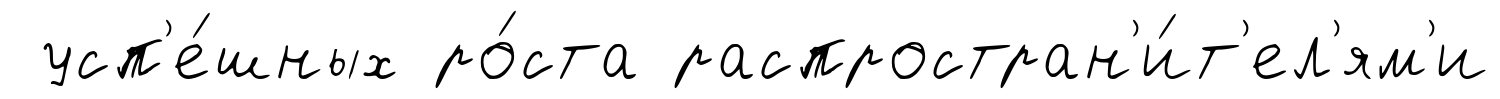
усп'е́шных ро́ста распростран'и́т'ел'ям'и